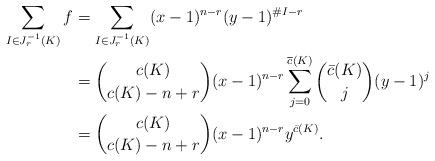
LaTeX: \begin{align*}\sum_{I \in J_r^{-1}(K)} f &= \sum_{I \in J_r^{-1}(K)} (x-1)^{n-r}(y-1)^{\#I-r}\\ &= {c(K) \choose c(K)-n+r} (x-1)^{n-r} \sum_{j=0}^{\overline{c}(K)} {\bar{c}(K) \choose j} (y-1)^j\\ &= {c(K) \choose c(K)-n+r} (x-1)^{n-r} y^{\bar{c}(K)}.\end{align*}